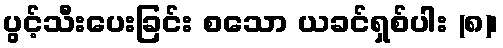
ပွင့်သီးပေးခြင်း စသော ယခင်ရှစ်ပါး (၈)၊